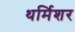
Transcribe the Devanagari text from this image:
थर्मिशर